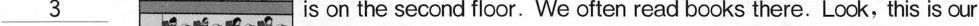
\underline{3} is on the second floor.We often read books there. Look, this is our